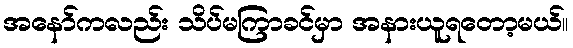
အနော်ကလည်း သိပ်မကြာခင်မှာ အနားယူရတော့မယ်။